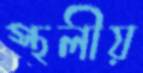
স্থলীয়